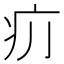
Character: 𤴮